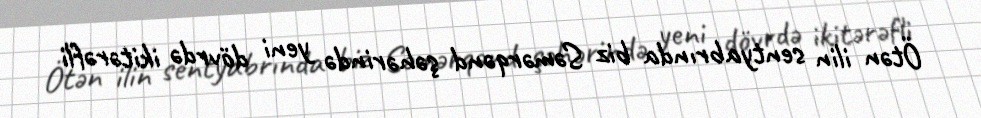
Ötən ilin sentyabrında biz Səmərqənd şəhərində yeni dövrdə ikitərəfli